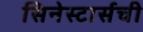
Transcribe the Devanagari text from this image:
सिनेस्टार्सची